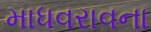
માધવરાવના